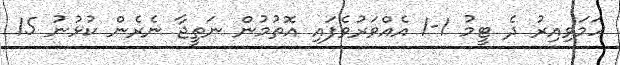
ހަމަވިއިރު ދެ ޓީމު 1-1 އެއްވަރުވެފައި އޮތުމުން ނަތީޖާ ނެރެން ކުޅުނު 15